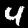
Label: 4